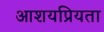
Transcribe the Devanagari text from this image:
आशयप्रियता